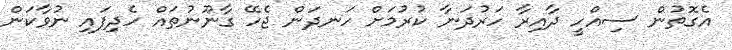
އެގޮތުން ސިއްހީ ދާއިރާ ހަރުދަނާ ކުރުމަށް ހަނދަން ޖެހޭ ގާނޫނުތައް ހެދިފައި ނުވާކަން